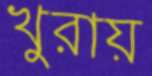
খুরায়